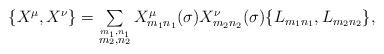
LaTeX: \begin{align*}\begin{array}{lcr}\{X^{\mu},X^{\nu}\}=\sum\limits_{\stackrel{m_1,n_1}{m_2,n_2}}X^\mu_{m_1n_1}(\sigma)X^\nu_{m_2n_2}(\sigma)\{L_{m_1n_1},L_{m_2n_2}\},\end{array}\end{align*}